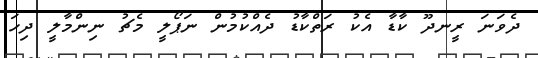
ދެވަނަ ރީނދޫ ކާޑާ އެކު ރަތްކާޑު ދެއްކުމުން ނަޕޯލީ މެޗު ނިންމާލީ ދިހަ